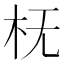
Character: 𬂠